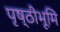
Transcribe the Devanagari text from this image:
पृष्ठीभूमि